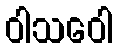
ဝါသဝေါ